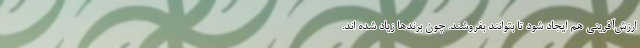
ارزش‌آفرینی هم ایجاد شود تا بتوانند بفروشند. چون برندها زیاد شده اند.